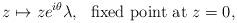
LaTeX: \begin{align*}z\mapsto ze^{i\theta}\lambda, \,\, \mbox{ fixed point at } z=0,\end{align*}